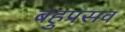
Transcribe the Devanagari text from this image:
बहुप्रसव